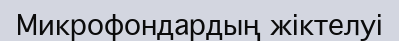
Микрофондардың жіктелуі